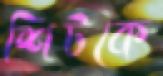
শিটকে